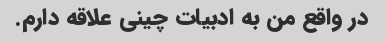
در واقع من به ادبیات چینی علاقه دارم.